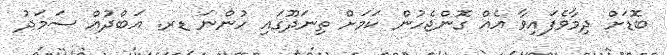
ބޮޑަށް ދިމާވެފައިވާ އެއް ގޮންޖެހުން ކަމަށް ތިނަދޫގައި ހުންނަ ޑރ. އަބްދުއް ސަމަދު